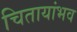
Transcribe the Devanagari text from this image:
चितायांभव